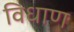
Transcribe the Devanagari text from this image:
विधाण